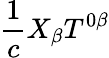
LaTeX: \frac{1}{c}X_{\beta}T^{0\beta}